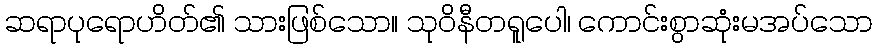
ဆရာပုရောဟိတ်၏ သားဖြစ်သော။ သုဝိနီတရူပေါ၊ ကောင်းစွာဆုံးမအပ်သော